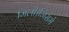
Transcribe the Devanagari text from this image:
मिली।जिसमे